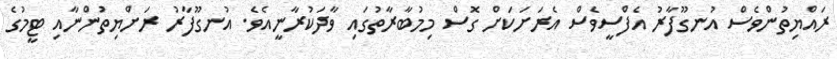
ރައްޔިތުންވެސް އުނގޫފާރު އެފްސީވެސް އެރަށަކަށް ގޮސް މިމުބާރާތުގައި ވާދަކުރާނީއެވެ. އުނގޫފާރު ރަށްޔިތުންނާއި ޓީމުގެ